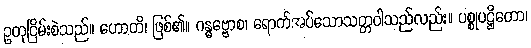
ဥတုငြိမ်းစဲသည်။ ဟောတိ၊ ဖြစ်၏။ ဂန္ဓဗ္ဗောစ၊ ရောက်အပ်သောသတ္တဝါသည်လည်း။ ပစ္စုပဋ္ဌိတော၊